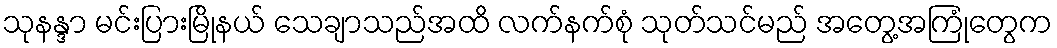
သုနန္ဒာ မင်းပြားမြိုနယ် သေချာသည်အထိ လက်နက်စုံ သုတ်သင်မည် အတွေ့အကြုံတွေက